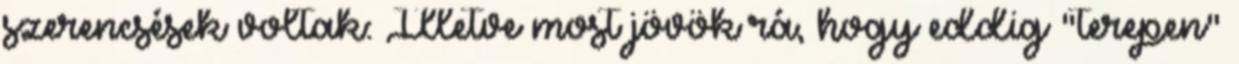
szerencsések voltak: Illetve most jövök rá, hogy eddig "terepen"